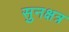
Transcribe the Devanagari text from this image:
सुनक्षत्र